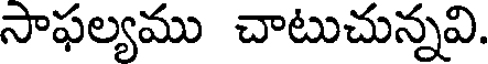
సాఫల్యము చాటుచున్నవి.